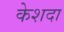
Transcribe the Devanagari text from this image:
केशदा